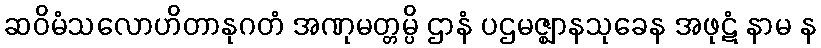
ဆဝိမံသလောဟိတာနုဂတံ အဏုမတ္တမ္ပိ ဌာနံ ပဌမဇ္ဈာနသုခေန အဖုဋံ နာမ န